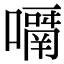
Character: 𡁑